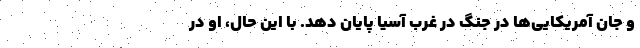
و جان آمریکایی‌ها در جنگ در غرب آسیا پایان دهد. با این حال، او در